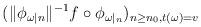
LaTeX: \begin{align*}(\|\phi_{\omega|n}\|^{-1} f\circ \phi_{\omega|_n})_{n\geq n_0,t(\omega) = v}\end{align*}